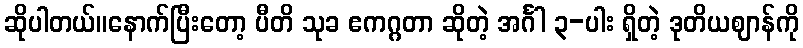
ဆိုပါတယ်။နောက်ပြီးတော့ ပီတိ သုခ ဧကဂ္ဂတာ ဆိုတဲ့ အင်္ဂါ ၃-ပါး ရှိတဲ့ ဒုတိယဈာန်ကို